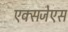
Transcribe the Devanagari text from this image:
एक्सजेएस